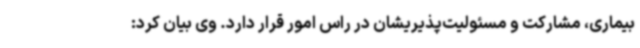
بیماری، مشارکت و مسئولیت‌پذیریشان در راس امور قرار دارد. وی بیان کرد: